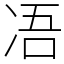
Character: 𠗐